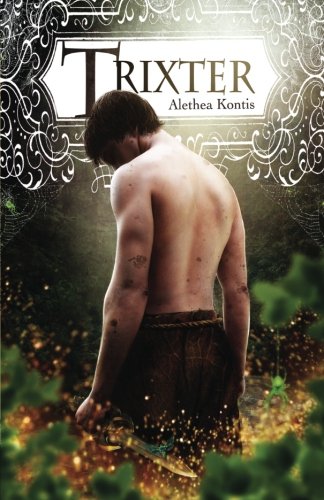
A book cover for Trixter (The Trix Adventures) (Volume 1); Alethea Kontis; Science Fiction & Fantasy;